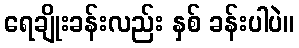
ရေချိုးခန်းလည်း နှစ် ခန်းပါပဲ။